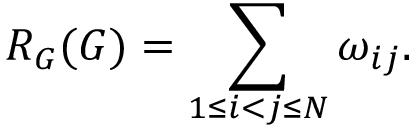
R _ { G } ( G ) = \sum _ { 1 \leq i < j \leq N } \omega _ { i j } .